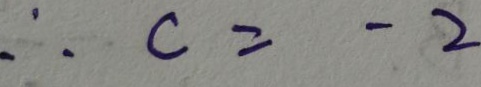
\therefore c = - 2